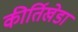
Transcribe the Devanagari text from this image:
कीर्तिखेडा